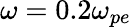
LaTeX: \omega=0.2\omega_{pe}